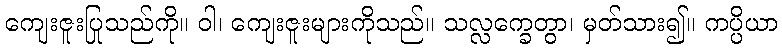
ကျေးဇူးပြုသည်ကို။ ဝါ၊ ကျေးဇူးများကိုသည်။ သလ္လက္ခေတွာ၊ မှတ်သား၍။ ကပ္ပိယာ